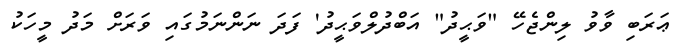
ޢަރަބި ވާވު ލިންޖެހޭ "ވަޙީދު" އަބްދުލްވަޙީދު' ފަދަ ނަންނަމުގައި ވަރަށް މަދު މީހަކު